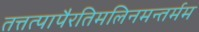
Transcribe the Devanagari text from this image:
तत्तत्पापैरतिमलिनमन्तर्मम